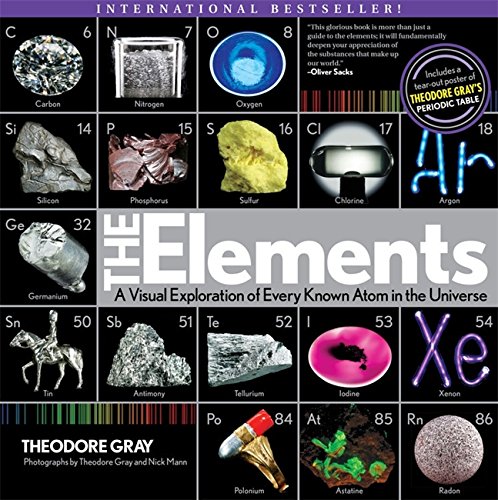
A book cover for Elements: A Visual Exploration of Every Known Atom in the Universe; Theodore Gray; Science & Math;